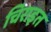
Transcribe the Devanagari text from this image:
चिराइत